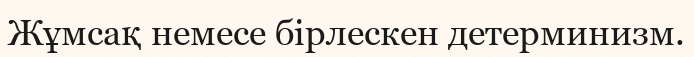
Жұмсақ немесе бірлескен детерминизм.